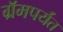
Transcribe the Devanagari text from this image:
ग्रॅमपर्यंत